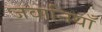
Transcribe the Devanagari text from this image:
जवानियाँ